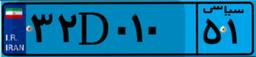
۳۲D۰۱۰۵۱